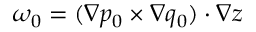
\omega _ { 0 } = ( \nabla p _ { 0 } \times \nabla q _ { 0 } ) \cdot \nabla z